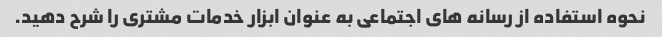
نحوه استفاده از رسانه های اجتماعی به عنوان ابزار خدمات مشتری را شرح دهید.